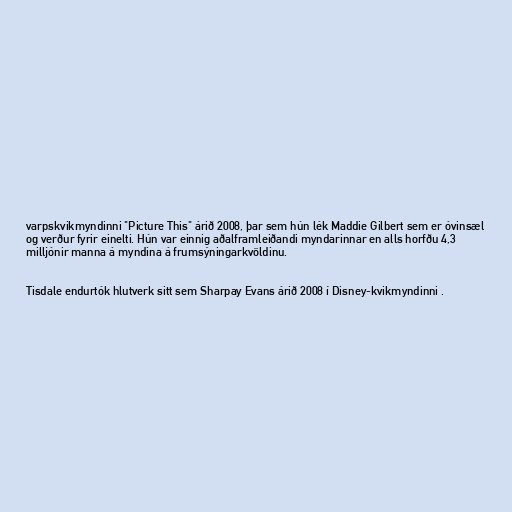
varpskvikmyndinni "Picture This" árið 2008, þar sem hún lék Maddie Gilbert sem er óvinsæl
og verður fyrir einelti. Hún var einnig aðalframleiðandi myndarinnar en alls horfðu 4,3
milljónir manna á myndina á frumsýningarkvöldinu.

Tisdale endurtók hlutverk sitt sem Sharpay Evans árið 2008 í Disney-kvikmyndinni .